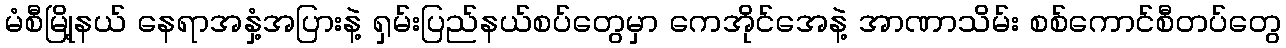
မံစီမြို့နယ် နေရာအနှံ့အပြားနဲ့ ရှမ်းပြည်နယ်စပ်တွေမှာ ကေအိုင်အေနဲ့ အာဏာသိမ်း စစ်ကောင်စီတပ်တွေ